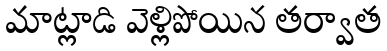
మాట్లాడి వెళ్లిపోయిన తర్వాత